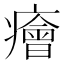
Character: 癐